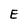
Character: E